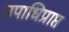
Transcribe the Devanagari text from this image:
उपाधिप्राप्त